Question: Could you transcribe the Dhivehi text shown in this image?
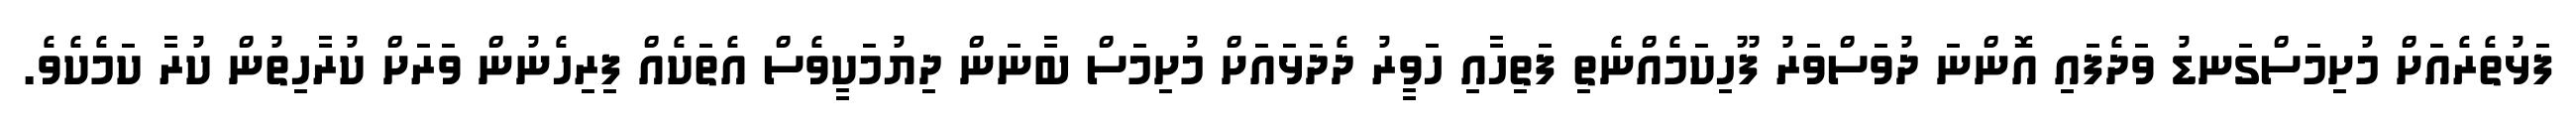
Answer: ފަޅުތެރެއަށް މުށިމަސްގަނޑު ވަދެފައި އޮންނަ ދުވަސްވަރު ފޫހިކަމެއްނެތި ފަތިހާއި ހަވީރު ދެދަޅައަށް މުށިމަސް ބާނަން ދިޔުމަކީވެސް އެތަކެއް ފިރިހެނުން ވަރަށް ކުރާހިތުން ކުރާ ކަމެކެވެ.